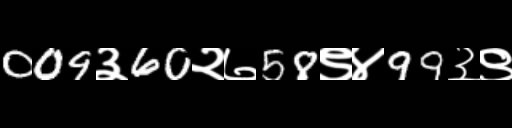
Text: 009३60२७58९४99३९